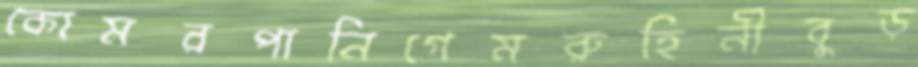
কোমরপানিগেমরুহিনীবুড়